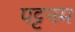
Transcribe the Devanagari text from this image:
पट्टनम